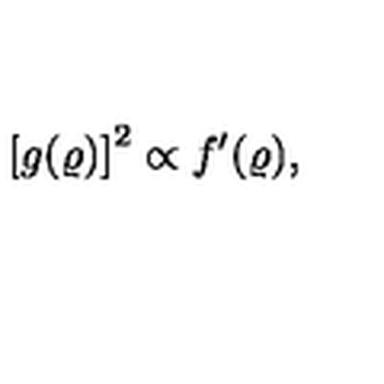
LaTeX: \left[ g ( \varrho ) \right] ^ { 2 } \propto f ^ { \prime } ( \varrho ) ,